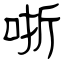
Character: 哳